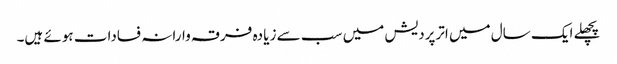
پچھلے ایک سال میں اترپردیش میں سب سے زیا دہ فرقہ وارانہ فسادات ہوئے ہیں۔